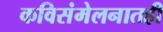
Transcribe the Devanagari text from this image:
कविसंमेलनातही